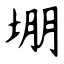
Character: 堋